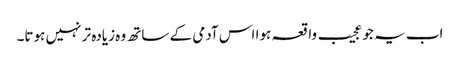
اب یہ جو عجیب واقعہ ہوا اس آدمی کے ساتھ وہ زیادہ تر نہیں ہوتا۔